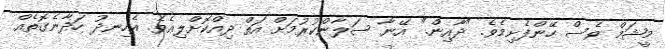
މީޝަމް ވެސް ހޭންފެށިމެވެ. "ދާއިން." އޭނާ ސަލާންކުރުމަށް އަތް ދިއްކޮށްލިއެވެ. އެހިނދު ހަދާނެގޮތެއް